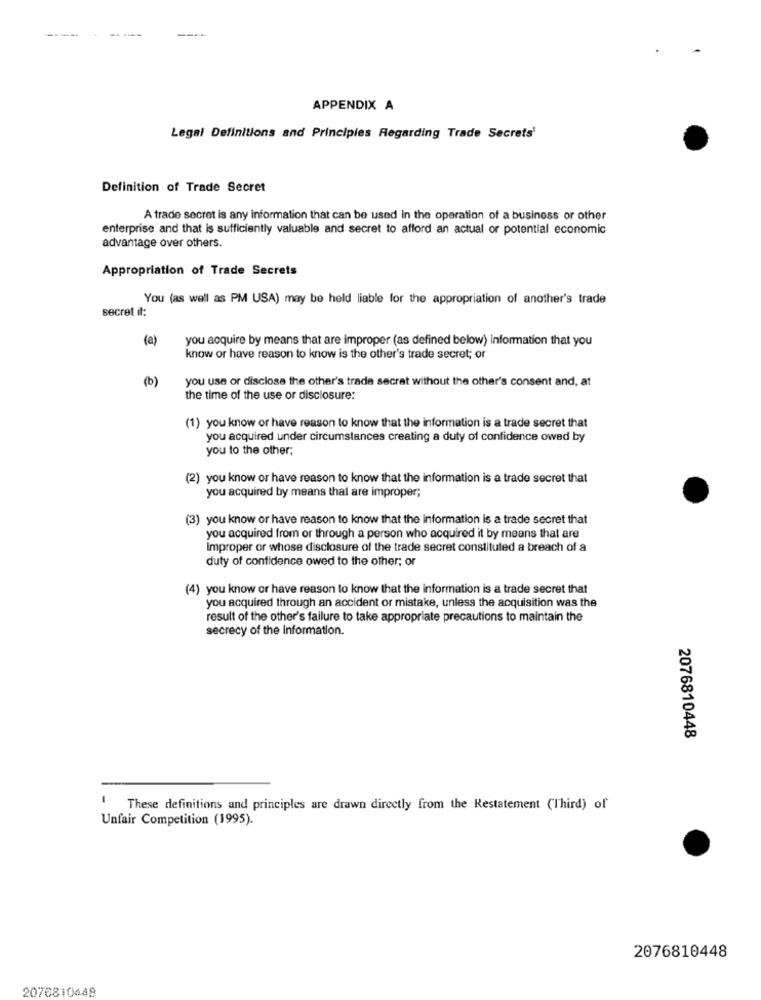
APPENDIX A
Legal Definitions and Principles Regarding Trade Secrets'
Definition of Trade Secret
A trade secret is any information that can be used in the operation of a business or other
enterprise and that is sufficiently valuable and secret to afford an actual or potential economic
advantage over others.
Appropriation of Trade Secrets
You (as well as PM USA) may be held liable for the appropriation of another's trade
secret if:
(a)
you acquire by means that are improper (as defined below) information that you
know or have reason to know is the other's trade secret; or
(b)
you use or disclose the other's trade secret without the other's consent and, at
the time of the use or disclosure:
(1) you know or have reason to know that the information is a trade secret that
you acquired under circumstances creating a duty of confidence owed by
you to the other;
(2) you know or have reason to know that the information is a trade secret that
you acquired by means that are improper;
(3) you know or have reason to know that the information is a trade secret that
you acquired from or through a person who acquired it by means that are
Improper or whose disclosure of the trade secret constituted a breach of a
duty of confidence owed to the other; or
(4) you know or have reason to know that the information is a trade secret that
you acquired through an accident or mistake, unless the acquisition was the
result of the other's failure to take appropriate precautions to maintain the
secrecy of the Information.
2076810448
These definitions and principles are drawn directly from the Restatement (Third) of
Unfair Competition (1995).
2076810448
2076810448